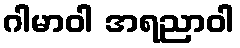
ဂါမာဝါ အရညာဝါ